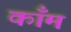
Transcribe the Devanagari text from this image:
कॉँम